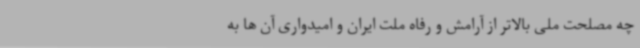
چه مصلحت ملی بالاتر از آرامش و رفاه ملت ایران و امیدواری آن ها به